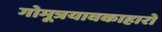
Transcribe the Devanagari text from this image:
गोमूत्रयावकाहारो